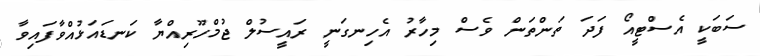
ސަބަކީ އެސްޓީއޯ ފަދަ ތަންތަން ވެސް މިހާރު އެހިނގަނީ ރައީސުލް ޖުމްހޫރިއްޔާ ކަނޑައަޅުއްވާފައިވާ